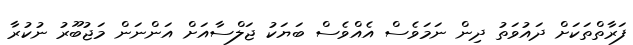
ފަރާތްތަކަށް ދައުވަތު ދިން ނަމަވެސް އެއްވެސް ބަޔަކު ޖަލްސާއަށް އަންނަން މަޖުބޫރު ނުކުރާ